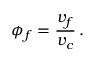
\phi _ { f } = \frac { v _ { f } } { v _ { c } } \, .